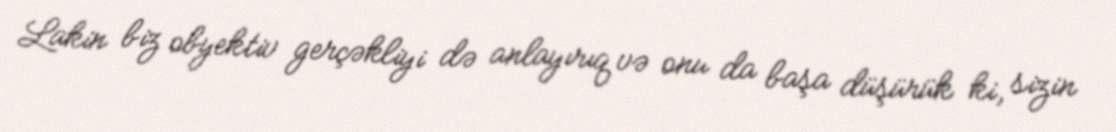
Lakin biz obyektiv gerçəkliyi də anlayırıq və onu da başa düşürük ki, sizin